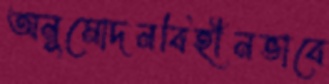
অনুমোদনবিহীনভাবে